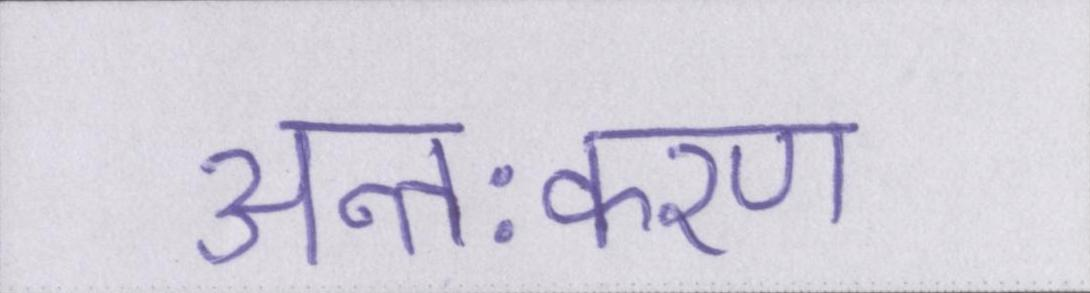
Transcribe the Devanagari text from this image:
अन्तःकरण